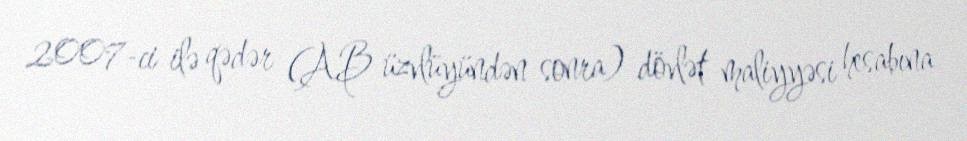
2007-ci ilə qədər (AB üzvlüyündən sonra) dövlət maliyyəsi hesabına